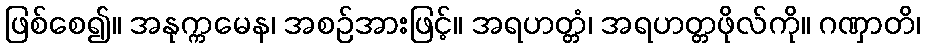
ဖြစ်စေ၍။ အနုက္ကမေန၊ အစဉ်အားဖြင့်။ အရဟတ္တံ၊ အရဟတ္တဖိုလ်ကို။ ဂဏှာတိ၊